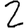
Digit: 2